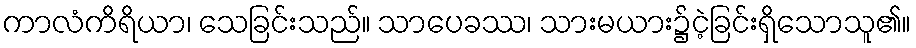
ကာလံကိရိယာ၊ သေခြင်းသည်။ သာပေခဿ၊ သားမယား၌ငဲ့ခြင်းရှိသောသူ၏။